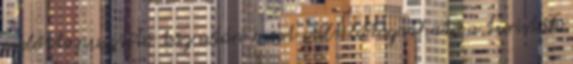
ezelőtti pusztító tűz után most vált látogatható a turisták